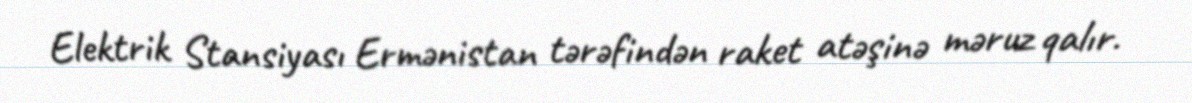
Elektrik Stansiyası Ermənistan tərəfindən raket atəşinə məruz qalır.